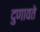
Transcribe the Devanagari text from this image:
दुणावते